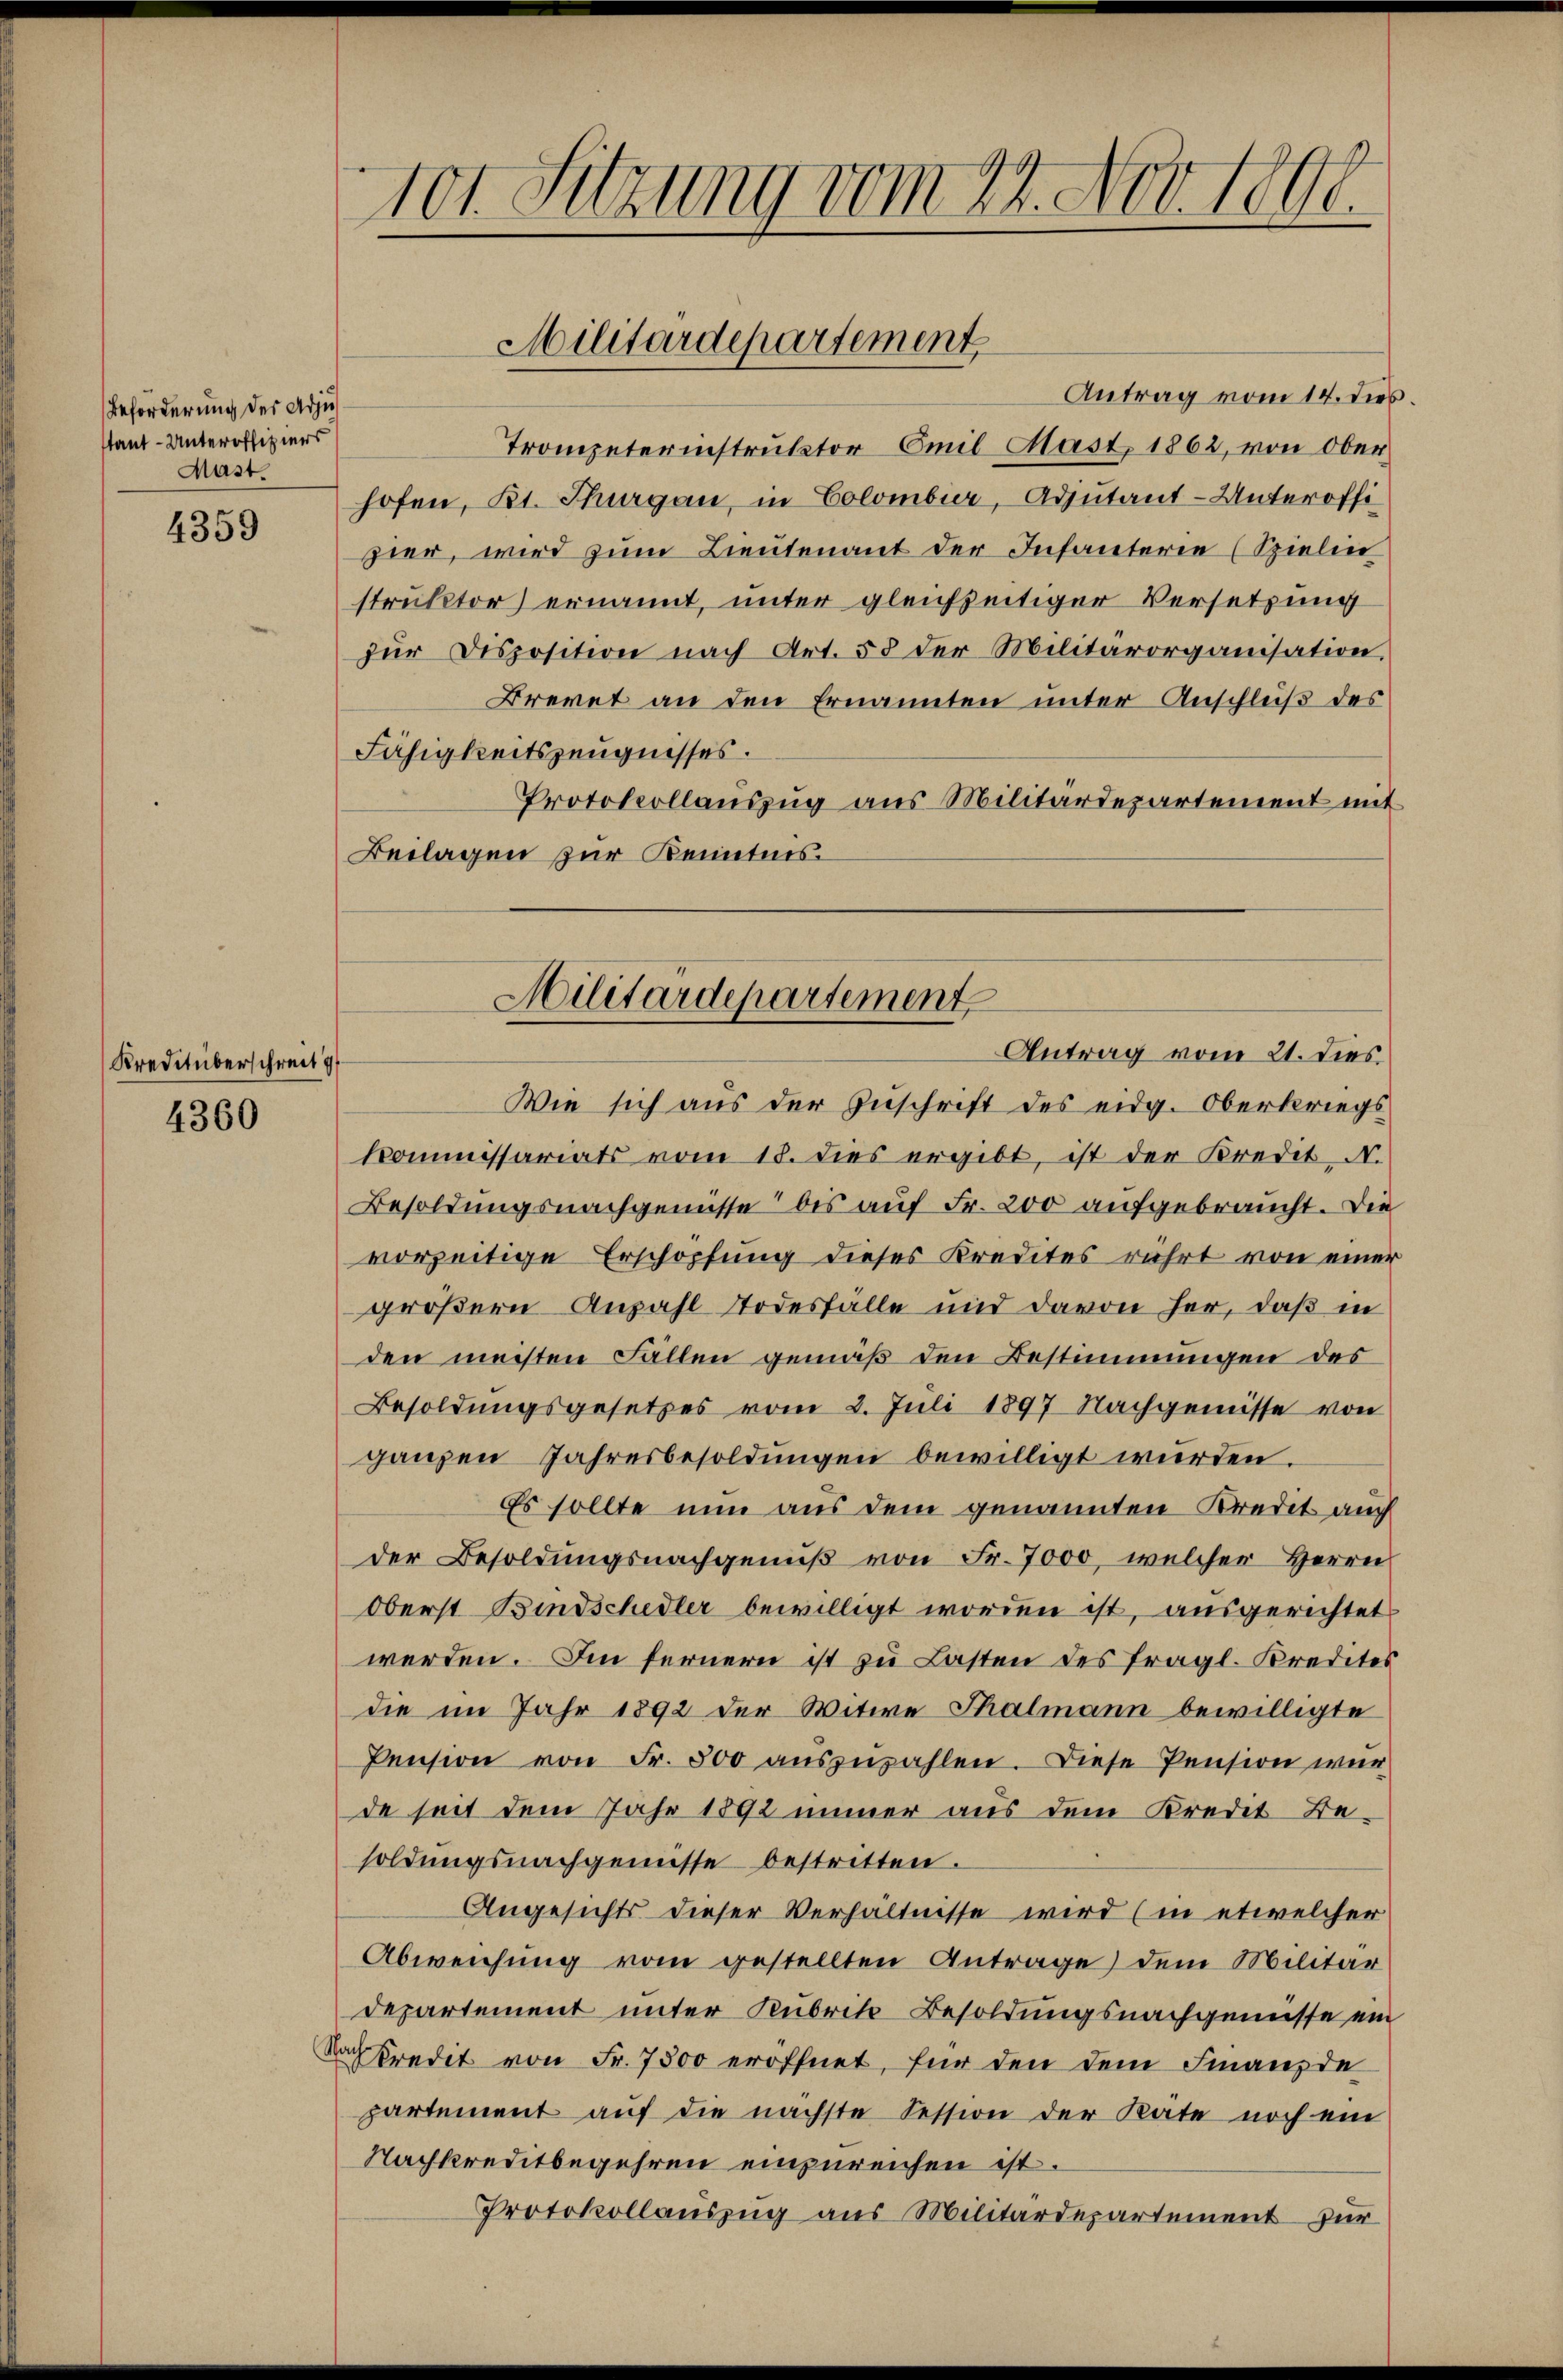
Beförderung des Adjustant - Unteroffiziers
Mast.

4359

Kreditüberschreit g

4360

Wie sich aus der Zuschrift des eidg. Oberkriegs
Kommissariats vom 18. dies ergibt, ist der Kredit- N.
Besoldungsnachgenüsse bis auf Fr. 200 aufgebraucht. Die
vorzeitige Erschöpfung dieses Kredites rührt von einer
größern Anzahl Todesfälle und davon her, daß in
den meisten Fällen gemäß den Bestimmungen des
Besoldungsgesetzes vom 2. Juli 1897 Nachgewisse von
ganzen Jahresbesoldungen bewilligt wurden.
Es sollte nun aus dem genannten Kredit auch
der Besoldungsnachgenuß von Fr. 7000, welcher Herrn
Oberst Bindschedler bewilligt worden ist, ausgerichtet
werden. Im fernern ist zu Lasten des fragl. Kredites
die im Jahr 1892 der Witwe Thalmann bewilligte
Pension von Fr. 500 aŭszŭzahlen. Diese Pension wur
de seit dem Jahr 1892 immer aus dem Kredit Be-
soldŭngsnachgewisse bestritten.
Angesichts dieser Verhältnisse wird (in etwelcher
Abweichung vom gestellten Antrage dem Militär
departement unter Rubrik Besoldungsnachgenisse ein
Nachkredit von Fr. 7500 eröffnet, für den dem Finanzde
partement auf die nächste Fession der Räte noch ein
Nachkreditbegehren einzureichen ist.
Protokollauszug aus Militärdepartement zur

101. Sitzung vom 22. Nov. 1806.

Antrag vom 14. dies.
Trompeterinstruktor Emil Mast 1862, von Ober
hofen, Kt. Thurgau, in Colombier, Adjutant-Unteroffi
zier, wird zum Lieutenant der Infanterie (Spielen
struktor) ernannt, unter gleichzeitiger Versetzung
zur Disposition nach Art. 58 der Militärorganisation,
Brevet an den Ernannten unter Anschluß des
Fähigkeitszeugnisses.
Protokollaŭszŭg aŭs Militärdepartement mit
Beilagen zur Kenntnis
Militärdepartement

Militärdepartement

Antrag vom 21. dies.